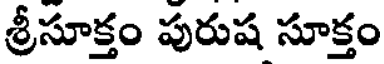
శ్రీసూక్తం పురుష సూక్తం